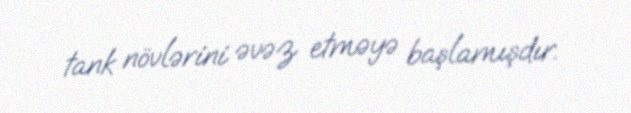
tank növlərini əvəz etməyə başlamışdır.